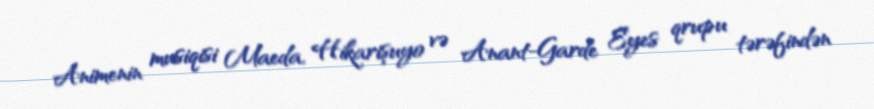
Animenin musiqisi Maeda, Hikarişuyo və Anant-Garde Eyes qrupu tərəfindən